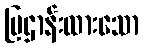
ပြဌာန်းထားသော